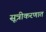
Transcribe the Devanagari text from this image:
सूत्रीकरणात